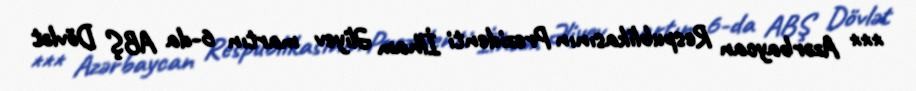
*** Azərbaycan Respublikasının Prezidenti İlham Əliyev martın 6-da ABŞ Dövlət